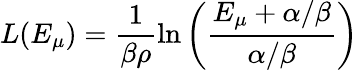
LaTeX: L(E_{\mu})=\frac{1}{\beta\rho}\ln\left(\frac{E_{\mu}+\alpha/\beta}{\alpha/\beta}\right)